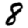
Digit: 8